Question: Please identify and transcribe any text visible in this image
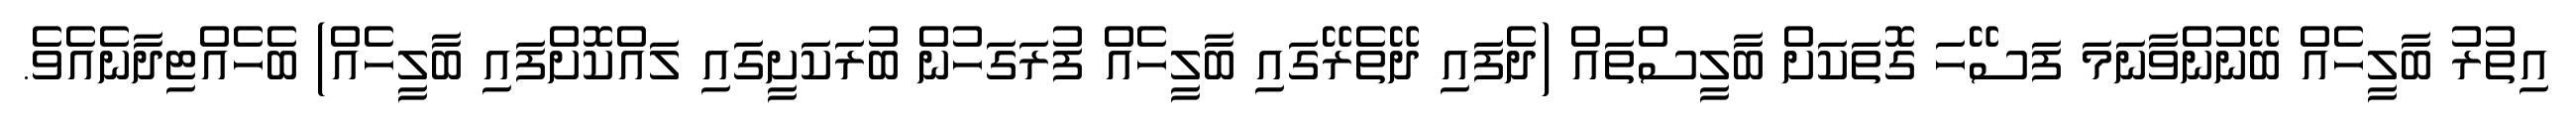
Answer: އިތުރު ބާލީހެއް ބޭނުންވާނަމަ ފަސޭހަ ގޮތަކަށް ބާލީސްތައް (ދެފައި ދޭތެރޭގައި ބާލީހެއް ފުރަގަހުން ބުރަކަށީގައި ލައްކޮށްފައި ބާލީހެއް) ބެހެއްޓިދާނެއެވެ.